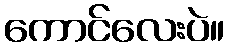
ကောင်လေးပဲ။